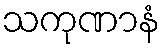
သကုဏာနံ